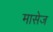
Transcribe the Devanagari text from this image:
मासेज